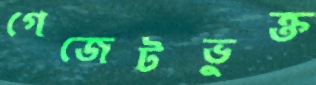
গেজেটভুক্ত